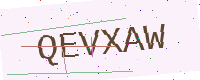
Text: QEVXAW